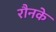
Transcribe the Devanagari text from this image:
रौनके